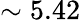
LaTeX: \sim 5.42